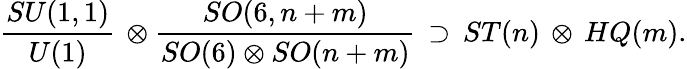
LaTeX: {\frac{SU(1,1)}{U(1)}}\, \otimes{\frac{SO(6,n+m)}{SO(6)\otimes SO(n+m)}}\, \supset\, ST(n)\, \otimes\, HQ(m).